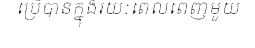
ប្រើបានក្នុងរយៈពេលពេញមួយ